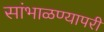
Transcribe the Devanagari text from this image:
सांभाळण्यापरी